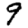
Digit: 9